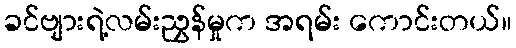
ခင်ဗျားရဲ့လမ်းညွှန်မှုက အရမ်း ကောင်းတယ်။